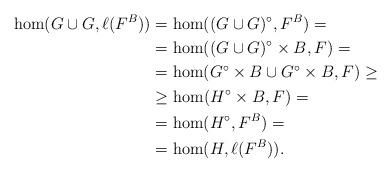
LaTeX: \begin{align*}\hom(G\cup G,\ell(F^B)) &=\hom((G\cup G)^{\circ},F^B)=\\&=\hom((G\cup G)^{\circ}\times B,F)= \\&=\hom(G^{\circ}\times B\cup G^{\circ}\times B,F)\geq \\&\geq \hom(H^{\circ}\times B,F)=\\&=\hom(H^{\circ},F^B)=\\&=\hom(H,\ell(F^B)).\end{align*}